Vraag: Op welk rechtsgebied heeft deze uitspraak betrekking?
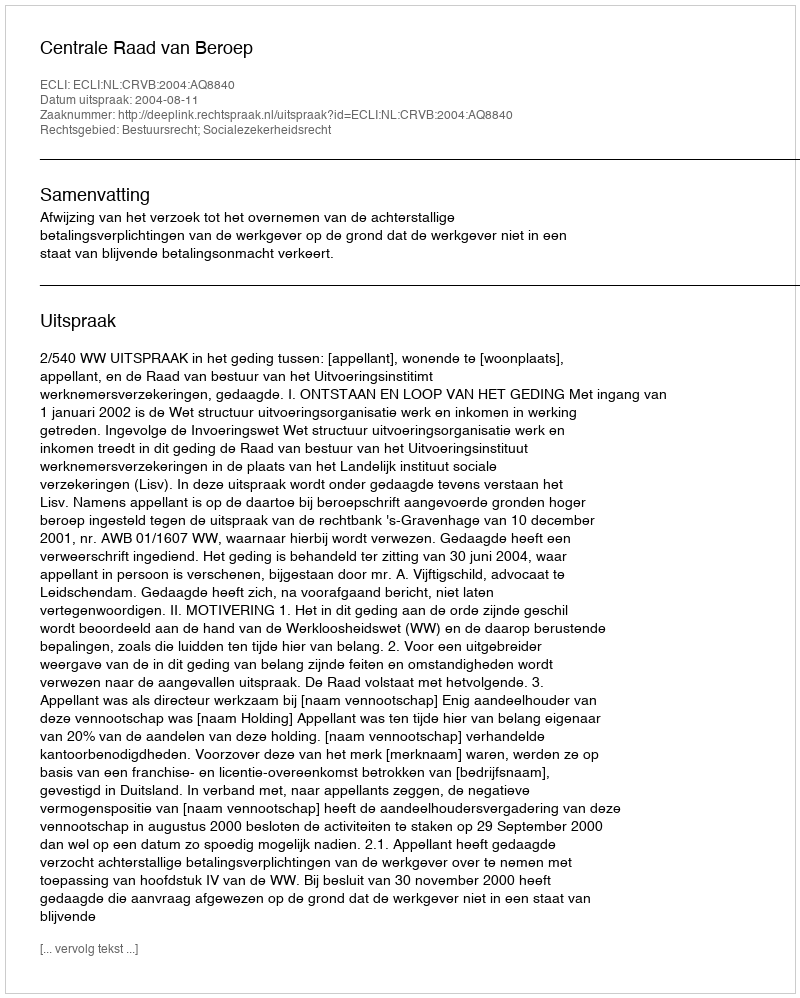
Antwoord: Bestuursrecht; Socialezekerheidsrecht